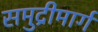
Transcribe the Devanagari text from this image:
समुद्रीमार्ग